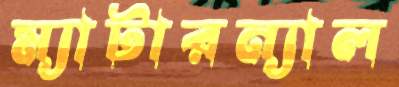
ম্যাটারন্যাল